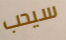
سيحب